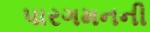
પારગમનની